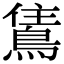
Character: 𬷗